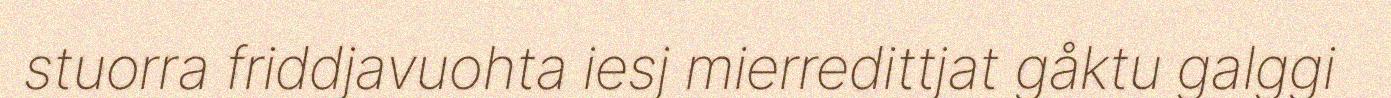
stuorra friddjavuohta iesj mierredittjat gåktu galggi